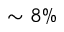
\sim 8 \%